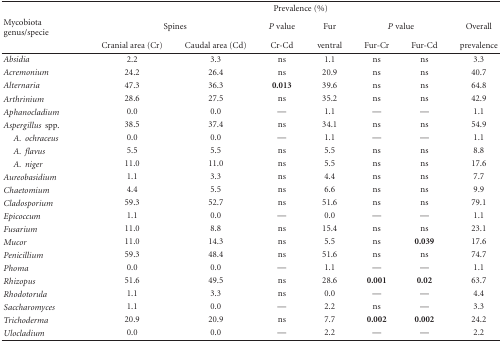
<table><thead><tr><td><b> </b></td><td colspan="7"><b>Prevalence (%)</b></td></tr><tr><td><b>Mycobiotagenus/specie</b></td><td colspan="2"><b>Spines</b></td><td><b><i>P</i> value</b></td><td><b>Fur</b></td><td colspan="2"><b><i>P</i> value</b></td><td><b>Overall</b></td></tr><tr><td><b> </b></td><td><b>Cranial area (Cr)</b></td><td><b>Caudal area (Cd)</b></td><td><b>Cr-Cd</b></td><td><b>ventral</b></td><td><b>Fur-Cr</b></td><td><b>Fur-Cd</b></td><td><b>prevalence</b></td></tr></thead><tbody><tr><td><i>Absidia</i></td><td>2.2</td><td>3.3</td><td>ns</td><td>1.1</td><td>ns</td><td>ns</td><td>3.3</td></tr><tr><td><i>Acremonium</i></td><td>24.2</td><td>26.4</td><td>ns</td><td>20.9</td><td>ns</td><td>ns</td><td>40.7</td></tr><tr><td><i>Alternaria</i></td><td>47.3</td><td>36.3</td><td><b>0.013</b></td><td>39.6</td><td>ns</td><td>ns</td><td>64.8</td></tr><tr><td><i>Arthrinium</i></td><td>28.6</td><td>27.5</td><td>ns</td><td>35.2</td><td>ns</td><td>ns</td><td>42.9</td></tr><tr><td><i>Aphanocladium</i></td><td>0.0</td><td>0.0</td><td>—</td><td>1.1</td><td>—</td><td>—</td><td>1.1</td></tr><tr><td><i>Aspergillus </i> spp.</td><td>38.5</td><td>37.4</td><td>ns</td><td>34.1</td><td>ns</td><td>ns</td><td>54.9</td></tr><tr><td> <i>A. </i> <i>ochraceus </i></td><td>0.0</td><td>0.0</td><td>—</td><td>1.1</td><td>—</td><td>—</td><td>1.1</td></tr><tr><td> <i>A. </i> <i>flavus </i></td><td>5.5</td><td>5.5</td><td>ns</td><td>5.5</td><td>ns</td><td>ns</td><td>8.8</td></tr><tr><td> <i>A. </i> <i>niger </i></td><td>11.0</td><td>11.0</td><td>ns</td><td>5.5</td><td>ns</td><td>ns</td><td>17.6</td></tr><tr><td><i>Aureobasidium</i></td><td>1.1</td><td>3.3</td><td>ns</td><td>4.4</td><td>ns</td><td>ns</td><td>7.7</td></tr><tr><td><i>Chaetomium</i></td><td>4.4</td><td>5.5</td><td>ns</td><td>6.6</td><td>ns</td><td>ns</td><td>9.9</td></tr><tr><td><i>Cladosporium</i></td><td>59.3</td><td>52.7</td><td>ns</td><td>51.6</td><td>ns</td><td>ns</td><td>79.1</td></tr><tr><td><i>Epicoccum</i></td><td>1.1</td><td>0.0</td><td>—</td><td>0.0</td><td>—</td><td>—</td><td>1.1</td></tr><tr><td><i>Fusarium</i></td><td>11.0</td><td>8.8</td><td>ns</td><td>15.4</td><td>ns</td><td>ns</td><td>23.1</td></tr><tr><td><i>Mucor</i></td><td>11.0</td><td>14.3</td><td>ns</td><td>5.5</td><td>ns</td><td><b>0.039</b></td><td>17.6</td></tr><tr><td><i>Penicillium</i></td><td>59.3</td><td>48.4</td><td>ns</td><td>51.6</td><td>ns</td><td>ns</td><td>74.7</td></tr><tr><td><i>Phoma</i></td><td>0.0</td><td>0.0</td><td>—</td><td>1.1</td><td>—</td><td>—</td><td>1.1</td></tr><tr><td><i>Rhizopus</i></td><td>51.6</td><td>49.5</td><td>ns</td><td>28.6</td><td><b>0.001</b></td><td><b>0.02</b></td><td>63.7</td></tr><tr><td><i>Rhodotorula</i></td><td>1.1</td><td>3.3</td><td>ns</td><td>0.0</td><td>—</td><td>—</td><td>4.4</td></tr><tr><td><i>Saccharomyces</i></td><td>1.1</td><td>0.0</td><td>—</td><td>2.2</td><td>ns</td><td>—</td><td>3.3</td></tr><tr><td><i>Trichoderma</i></td><td>20.9</td><td>20.9</td><td>ns</td><td>7.7</td><td><b>0.002</b></td><td><b>0.002</b></td><td>24.2</td></tr><tr><td><i>Ulocladium</i></td><td>0.0</td><td>0.0</td><td>—</td><td>2.2</td><td>—</td><td>—</td><td>2.2</td></tr></tbody></table>